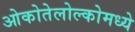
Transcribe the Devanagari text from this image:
ओकोतेलोल्कोमध्ये